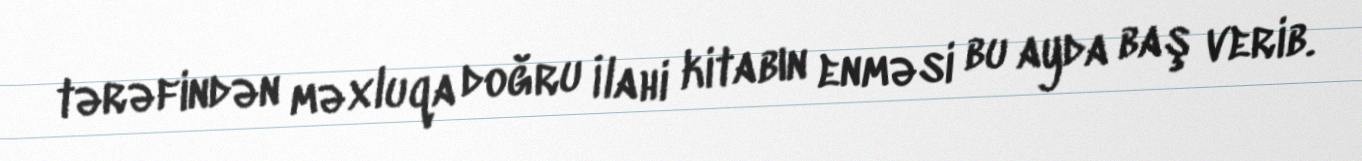
tərəfindən məxluqa doğru İlahi kitabın enməsi bu ayda baş verib.